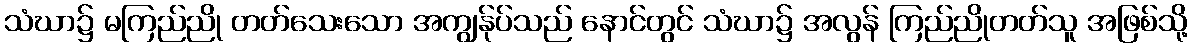
သံဃာ၌ မကြည်ညို တတ်သေးသော အကျွန်ုပ်သည် နောင်တွင် သံဃာ၌ အလွန် ကြည်ညိုတတ်သူ အဖြစ်သို့